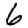
Digit: 6